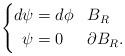
LaTeX: \begin{align*}\left\lbrace \begin{aligned}d\psi &= d\phi && B_{R}\\\psi &= 0 && \partial B_{R}. \end{aligned}\right. \end{align*}